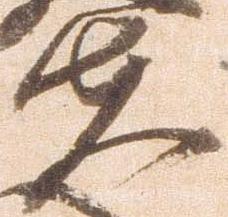
夫